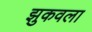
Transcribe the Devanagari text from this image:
झुकवला